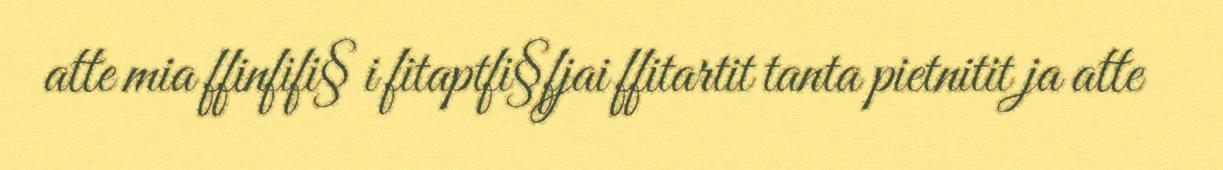
atte mia ffinfifi§ i fitaptfi§fjai ffitartit tanta pietnitit ja atte